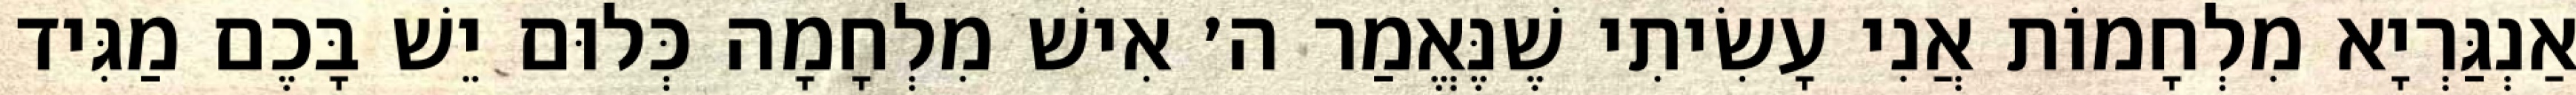
אַנְגַּרְיָא מִלְחָמוֹת אֲנִי עָשִׂיתִי שֶׁנֶּאֱמַר ה׳ אִישׁ מִלְחָמָה כְּלוּם יֵשׁ בָּכֶם מַגִּיד